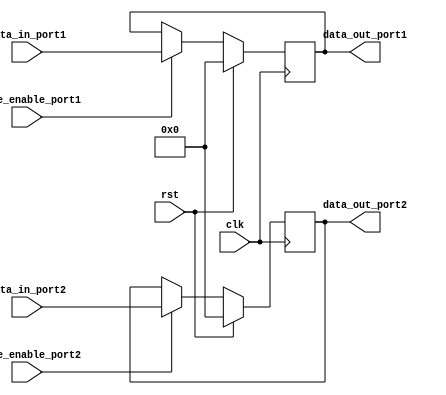
module dual_port_register (
    input wire clk,
    input wire rst,
    input wire [7:0] data_in_port1,
    input wire [7:0] data_in_port2,
    input wire write_enable_port1,
    input wire write_enable_port2,
    output reg [7:0] data_out_port1,
    output reg [7:0] data_out_port2
);

reg [7:0] reg_port1;
reg [7:0] reg_port2;

always @(posedge clk) begin
    if (rst) begin
        reg_port1 <= 8'b0;
        reg_port2 <= 8'b0;
    end else begin
        if (write_enable_port1) begin
            reg_port1 <= data_in_port1;
        end
        if (write_enable_port2) begin
            reg_port2 <= data_in_port2;
        end
    end
end

assign data_out_port1 = reg_port1;
assign data_out_port2 = reg_port2;

endmodule